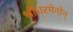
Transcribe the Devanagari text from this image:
श्रीधरमेनोन्